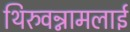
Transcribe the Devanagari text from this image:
थिरुवन्नामलाई